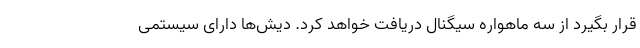
قرار بگیرد از سه ماهواره سیگنال دریافت خواهد کرد. دیش‌ها دارای سیستمی